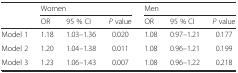
<table><thead><tr><td></td><td colspan="3"><b>Women</b></td><td colspan="3"><b>Men</b></td></tr><tr><td></td><td><b>OR</b></td><td><b>95 % CI</b></td><td><b><i>P</i> value</b></td><td><b>OR</b></td><td><b>95 % CI</b></td><td><b><i>P</i> value</b></td></tr></thead><tbody><tr><td>Model 1</td><td>1.18</td><td>1.03–1.36</td><td>0.020</td><td>1.08</td><td>0.97–1.21</td><td>0.177</td></tr><tr><td>Model 2</td><td>1.20</td><td>1.04–1.38</td><td>0.011</td><td>1.08</td><td>0.96–1.21</td><td>0.199</td></tr><tr><td>Model 3</td><td>1.23</td><td>1.06–1.43</td><td>0.007</td><td>1.08</td><td>0.96–1.22</td><td>0.218</td></tr></tbody></table>